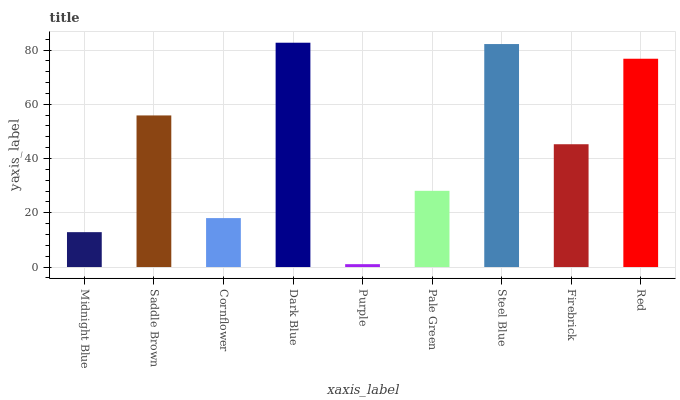
| xaxis_label | bars |
 | --- | --- |
 | Midnight Blue | 12.9 |
 | Saddle Brown | 55.9 |
 | Cornflower | 18 |
 | Dark Blue | 82.7 |
 | Purple | 1.06 |
 | Pale Green | 28.1 |
 | Steel Blue | 82.2 |
 | Firebrick | 45.3 |
 | Red | 76.8 |